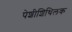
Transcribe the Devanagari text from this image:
पेशीशिथिलक